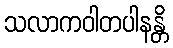
သလာကဝါတပါနန္တိ